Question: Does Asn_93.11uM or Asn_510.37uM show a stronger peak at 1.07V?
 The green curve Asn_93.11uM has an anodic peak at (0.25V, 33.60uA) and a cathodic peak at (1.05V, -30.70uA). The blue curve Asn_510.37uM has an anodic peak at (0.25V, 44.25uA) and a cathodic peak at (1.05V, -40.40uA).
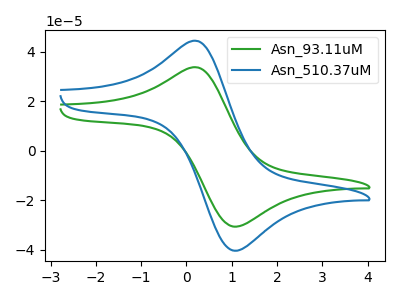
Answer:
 <answer>The peak at 1.07V is lower in "Asn_93.11uM" than in "Asn_510.37uM".</answer>
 <eval>lower</eval>